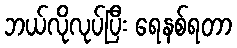
ဘယ်လိုလုပ်ပြီး ရေနစ်ရတာ